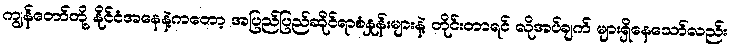
ကျွန်တော်တို့ နိုင်ငံအနေနဲ့ကတော့ အပြည်ပြည်ဆိုင်ရာစံနှုန်းများနဲ့ တိုင်းတာရင် လိုအပ်ချက် များရှိနေသော်လည်း